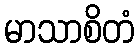
မာသာစိတံ